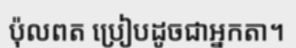
ប៉ុលពត ប្រៀបដូចជាអ្នកតា។